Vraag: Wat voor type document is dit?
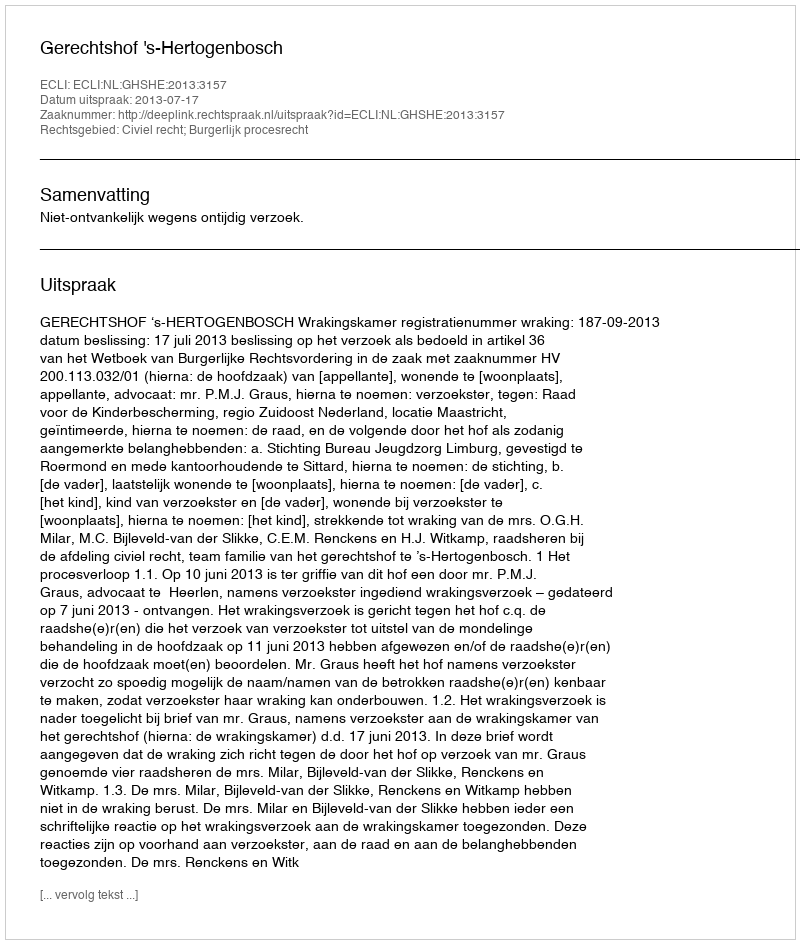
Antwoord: Uitspraak